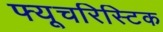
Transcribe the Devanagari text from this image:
फ्यूचरिस्टिक